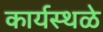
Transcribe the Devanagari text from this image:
कार्यस्थळे